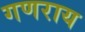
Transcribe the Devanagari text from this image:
गणराय